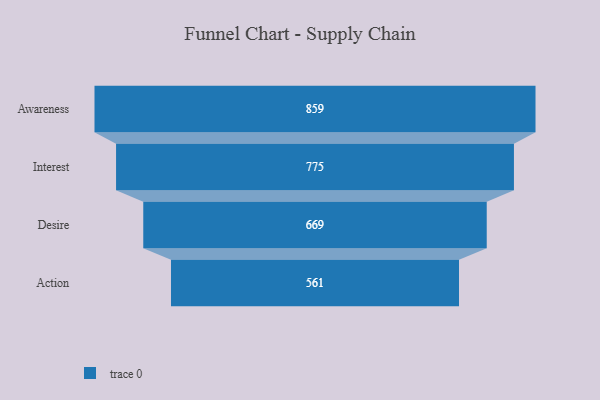
{"axis": {"x": "Stage", "y": "Value"}, "legend": [""], "data": [{"x": "Awareness", "y": 859.0, "type": ""}, {"x": "Interest", "y": 775.0, "type": ""}, {"x": "Desire", "y": 669.0, "type": ""}, {"x": "Action", "y": 561.0, "type": ""}]}